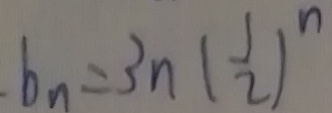
b _ { n } = 3 n ( \frac { 1 } { 2 } ) ^ { n }